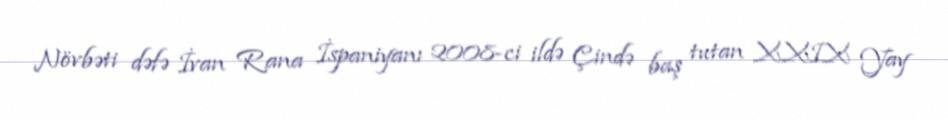
Növbəti dəfə İvan Rana İspaniyanı 2008-ci ildə Çində baş tutan XXIX Yay